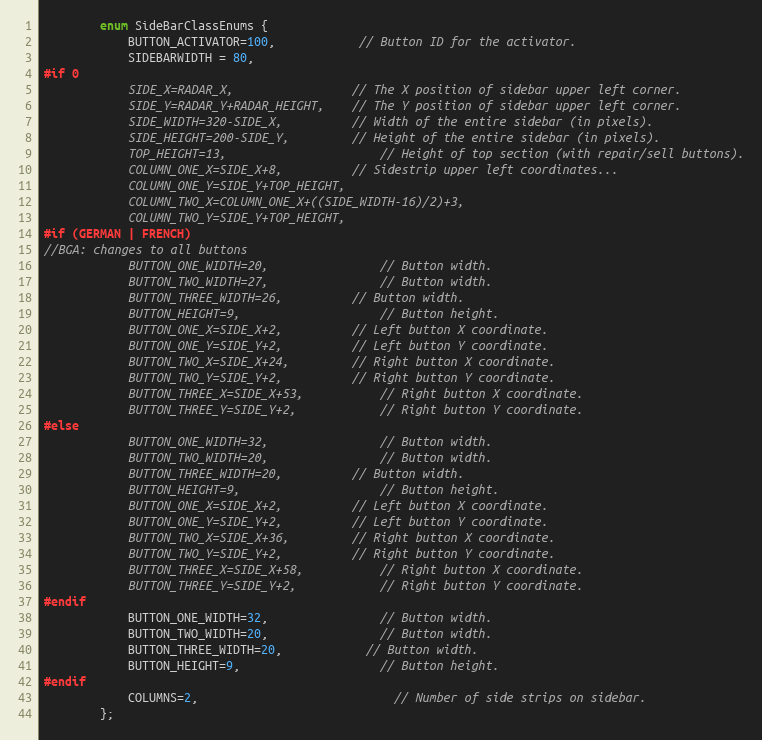
Language: C
		enum SideBarClassEnums {
			BUTTON_ACTIVATOR=100,			// Button ID for the activator.
			SIDEBARWIDTH = 80,
#if 0
			SIDE_X=RADAR_X,					// The X position of sidebar upper left corner.
			SIDE_Y=RADAR_Y+RADAR_HEIGHT,	// The Y position of sidebar upper left corner.
			SIDE_WIDTH=320-SIDE_X,			// Width of the entire sidebar (in pixels).
			SIDE_HEIGHT=200-SIDE_Y,			// Height of the entire sidebar (in pixels).
			TOP_HEIGHT=13,						// Height of top section (with repair/sell buttons).
			COLUMN_ONE_X=SIDE_X+8,			// Sidestrip upper left coordinates...
			COLUMN_ONE_Y=SIDE_Y+TOP_HEIGHT,
			COLUMN_TWO_X=COLUMN_ONE_X+((SIDE_WIDTH-16)/2)+3,
			COLUMN_TWO_Y=SIDE_Y+TOP_HEIGHT,
#if (GERMAN | FRENCH)
//BGA: changes to all buttons
			BUTTON_ONE_WIDTH=20,				// Button width.
			BUTTON_TWO_WIDTH=27,				// Button width.
			BUTTON_THREE_WIDTH=26,			// Button width.
			BUTTON_HEIGHT=9,					// Button height.
			BUTTON_ONE_X=SIDE_X+2,			// Left button X coordinate.
			BUTTON_ONE_Y=SIDE_Y+2,			// Left button Y coordinate.
			BUTTON_TWO_X=SIDE_X+24,			// Right button X coordinate.
			BUTTON_TWO_Y=SIDE_Y+2,			// Right button Y coordinate.
			BUTTON_THREE_X=SIDE_X+53,			// Right button X coordinate.
			BUTTON_THREE_Y=SIDE_Y+2,			// Right button Y coordinate.
#else
			BUTTON_ONE_WIDTH=32,				// Button width.
			BUTTON_TWO_WIDTH=20,				// Button width.
			BUTTON_THREE_WIDTH=20,			// Button width.
			BUTTON_HEIGHT=9,					// Button height.
			BUTTON_ONE_X=SIDE_X+2,			// Left button X coordinate.
			BUTTON_ONE_Y=SIDE_Y+2,			// Left button Y coordinate.
			BUTTON_TWO_X=SIDE_X+36,			// Right button X coordinate.
			BUTTON_TWO_Y=SIDE_Y+2,			// Right button Y coordinate.
			BUTTON_THREE_X=SIDE_X+58,			// Right button X coordinate.
			BUTTON_THREE_Y=SIDE_Y+2,			// Right button Y coordinate.
#endif
			BUTTON_ONE_WIDTH=32,				// Button width.
			BUTTON_TWO_WIDTH=20,				// Button width.
			BUTTON_THREE_WIDTH=20,			// Button width.
			BUTTON_HEIGHT=9,					// Button height.
#endif
			COLUMNS=2,							// Number of side strips on sidebar.
		};